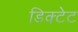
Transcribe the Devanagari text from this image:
डिक्टेट